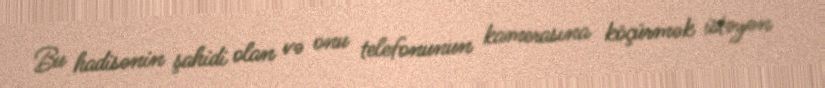
Bu hadisənin şahidi olan və onu telefonunun kamerasına köçürmək istəyən